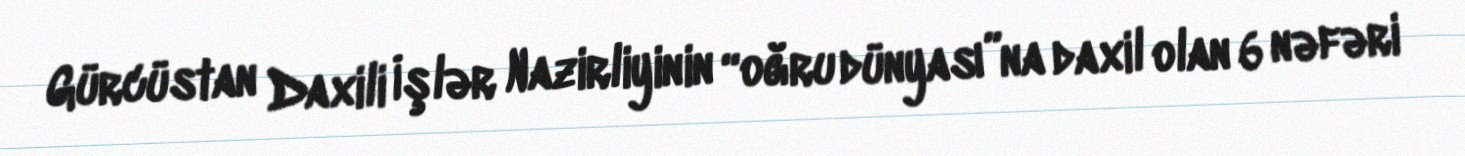
Gürcüstan Daxili İşlər Nazirliyinin “oğru dünyası”na daxil olan 6 nəfəri